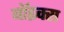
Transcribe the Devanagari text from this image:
बाॅइक्स